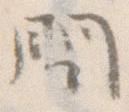
問